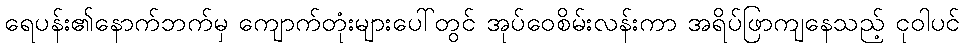
ရေပန်း၏နောက်ဘက်မှ ကျောက်တုံးများပေါ်တွင် အုပ်ဝေစိမ်းလန်းကာ အရိပ်ဖြာကျနေသည့် ငုဝါပင်